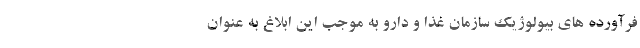
فرآورده های بیولوژیک سازمان غذا و دارو به موجب این ابلاغ به عنوان